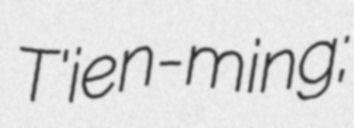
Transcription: T'ien-ming;